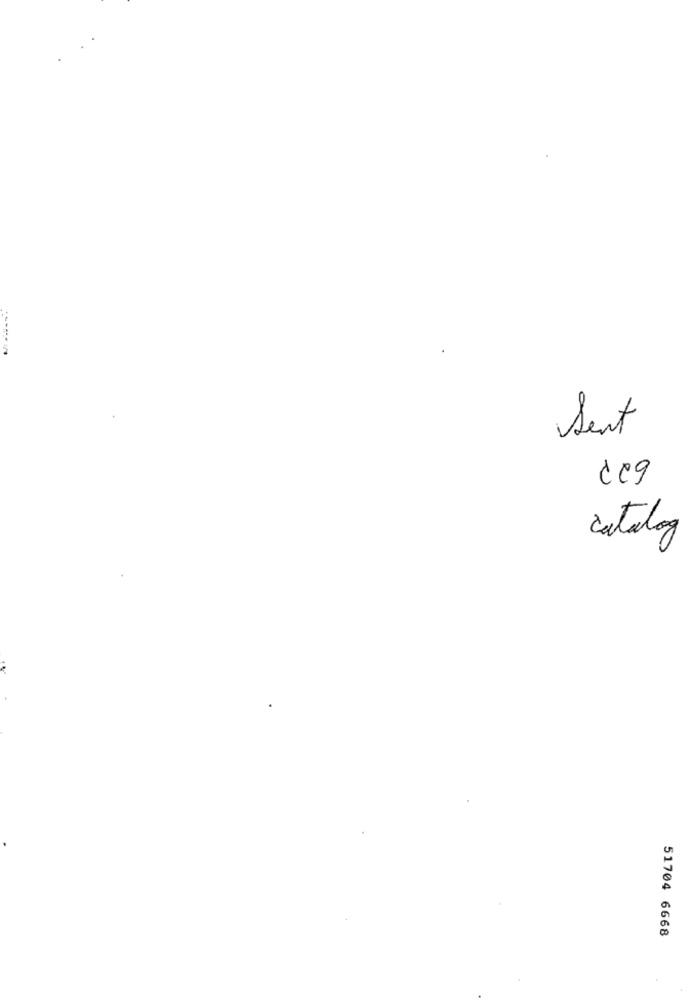
a
Sent
catalog
51704 6668